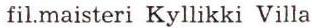
fil.maisteri Kyllikki Villa